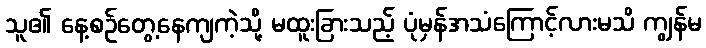
သူ၏ နေ့စဉ်တွေ့နေကျကဲ့သို့ မထူးခြားသည့် ပုံမှန်အသံကြောင့်လားမသိ ကျွန်မ